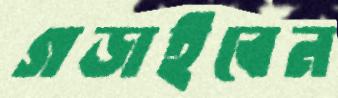
গড়াইবেন